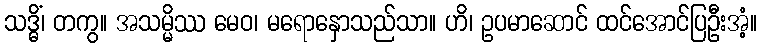
သဒ္ဓိံ၊ တကွ။ အသမ္မိဿ မေဝ၊ မရောနှောသည်သာ။ ဟိ၊ ဥပမာဆောင် ထင်အောင်ပြဦးအံ့။